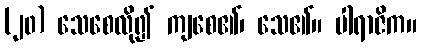
(၂၀) သေစေလို၍ ကျစေ၏၊ သေ၏။ ပါရာဇိက။